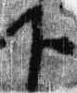
下